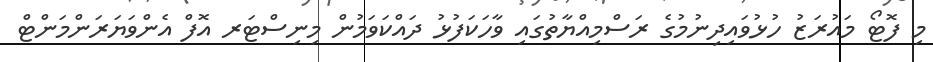
މި ފޮޓޯ މައުރަޒު ހުޅުވައިދިނުމުގެ ރަސްމިއްޔާތުގައި ވާހަކަފުޅު ދައްކަވަމުން މިނިސްޓަރ އޮފް އެންވަޔަރަންމަންޓް